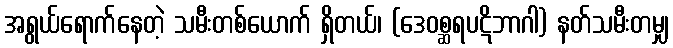
အရွယ်ရောက်နေတဲ့ သမီးတစ်ယောက် ရှိတယ်၊ (ဒေဝစ္ဆရပဋိဘာဂါ) နတ်သမီးတမျှ